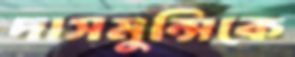
দাসমুন্সিকে